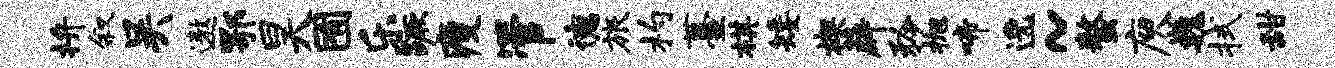
拚叙吴遨鄂昊囿乐蹶瘦管德旅杓薹棋矮楔薜矜抛啼逸~螯庾巍拭甜